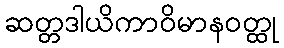
ဆတ္တဒါယိကာဝိမာနဝတ္ထု